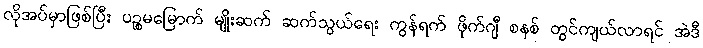
လိုအပ်မှာဖြစ်ပြီး ပဉ္စမမြောက် မျိုးဆက် ဆက်သွယ်ရေး ကွန်ရက် ဖိုက်ဂျီ စနစ် တွင်ကျယ်လာရင် အဲဒီ